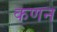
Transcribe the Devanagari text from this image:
कणन